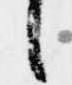
候